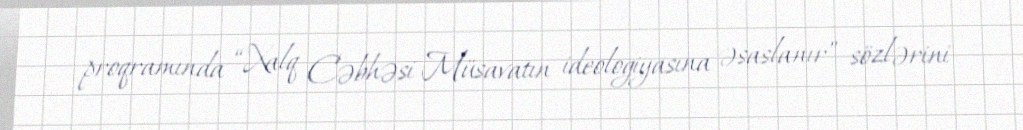
proqramında “Xalq Cəbhəsi Müsavatın ideologiyasına əsaslanır” sözlərini